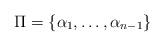
LaTeX: \begin{align*}\Pi=\{\alpha_{1},\ldots,\alpha_{n-1}\}\end{align*}